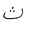
Letter: _tha